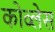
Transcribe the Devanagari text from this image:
कोव्लेस